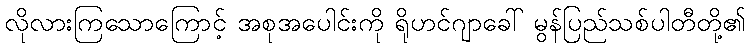
လိုလားကြသောကြောင့် အစုအပေါင်းကို ရိုဟင်ဂျာခေါ် မွန်ပြည်သစ်ပါတီတို့၏